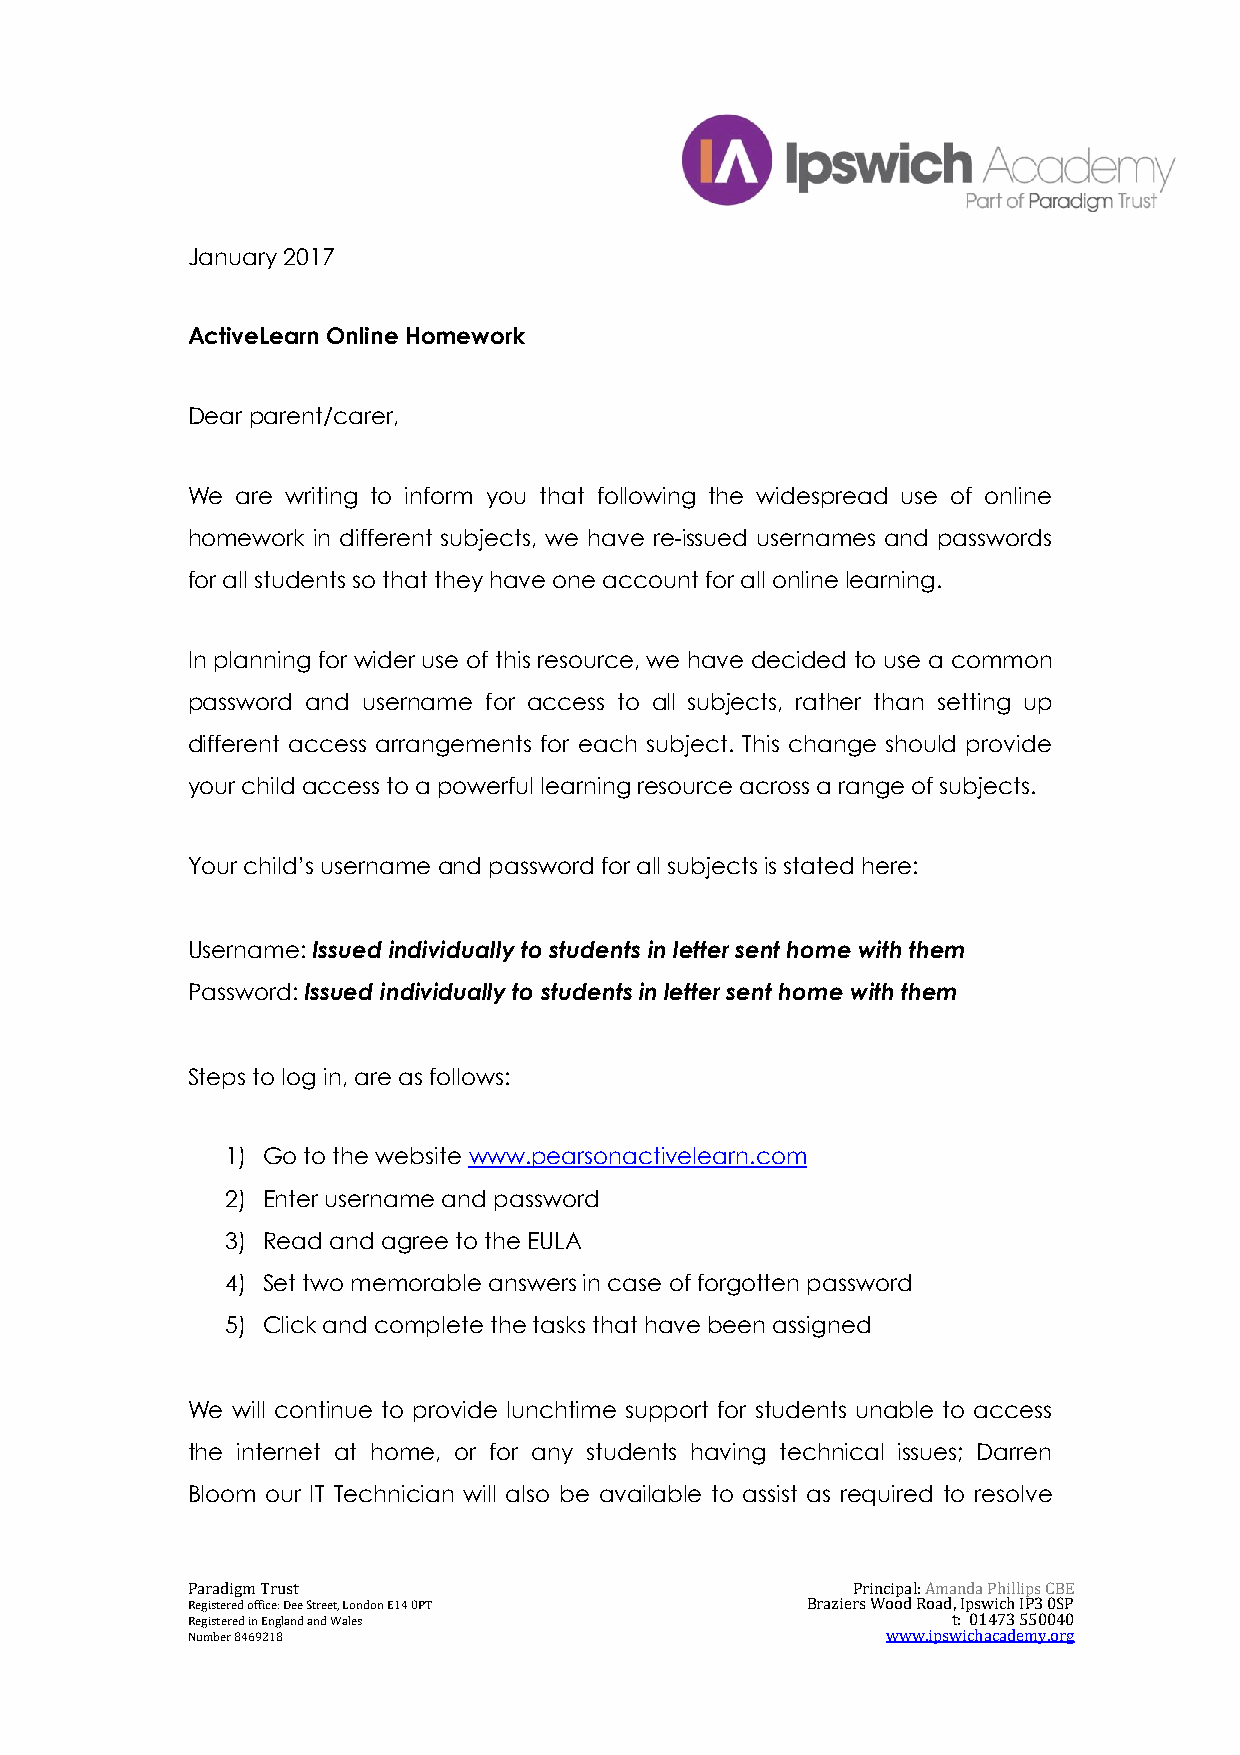
January 2017
 ActiveLearn Online Homework
 Dear parent/carer,
 We  are writing to inform you that following the widespread use of online
 homework in different subjects, we have re-issued usernames and passwords
 for all students so that they have one account for all online learning.
 In planning for wider use of this resource, we have decided to use a common
 password and username for access to all subjects, rather than setting up
 different access arrangements for each subject. This change should provide
 your child access to a powerful learning resource across a range of subjects.
 Your child’s username and password for all subjects is stated here:
 Username: Issued individually to students in letter sent home with them
 Password: Issued individually to students in letter sent home with them
 Steps to log in, are as follows:
 1) Go to the website www.pearsonactivelearn.com
 2) Enter username and password
 3) Read and agree to the EULA
 4) Set two memorable answers in case of forgotten password
 5) Click and complete the tasks that have been assigned
 We will continue to provide lunchtime support for students unable to access
 the internet at home, or for any students having technical issues; Darren
 Bloom our IT Technician will also be available to assist as required to resolve
 Paradigm Trust                              Principal: Amanda Phillips CBE
 Registered office: Dee Street, London E14 0PT Braziers Wood Road, Ipswich IP3 0SP
 Registered in England and Wales                    t: 01473 550040
 Number 8469218                                 www.ipswichacademy.org